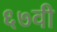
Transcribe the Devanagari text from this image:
६७वी